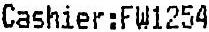
CASHIER:FW1254